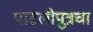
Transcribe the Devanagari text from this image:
पाटलीपुत्रचा